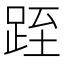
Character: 跮